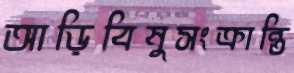
আড়িবিষুসংক্রান্তি